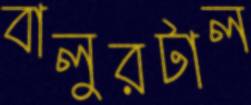
বালুরটাল